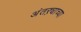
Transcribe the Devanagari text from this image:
अंतऱ्याच्या